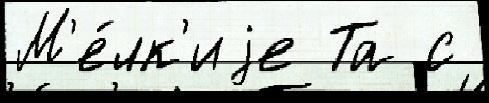
М'е́лк'иjе Та с